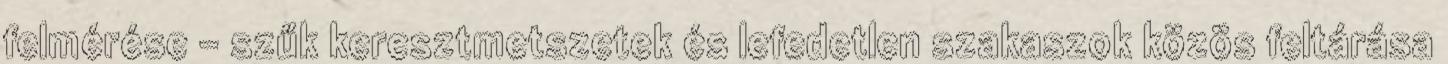
felmérése - szűk keresztmetszetek és lefedetlen szakaszok közös feltárása